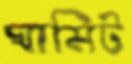
ঘামিট